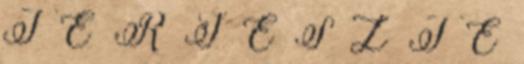
T E R J E S Z T É